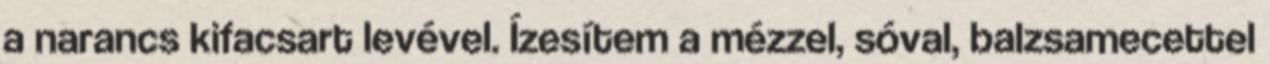
a narancs kifacsart levével. Ízesítem a mézzel, sóval, balzsamecettel